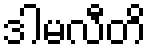
ဒါမလီတိ